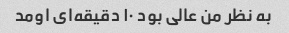
به نظر من عالی بود ۱۰ دقیقه‌ای اومد